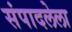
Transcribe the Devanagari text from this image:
संपादलेला